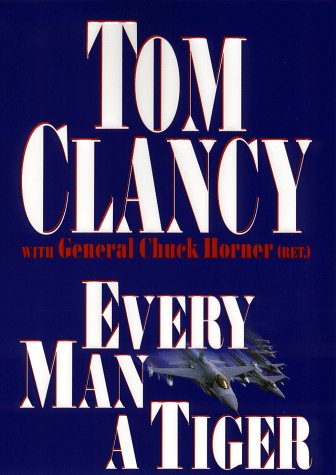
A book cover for Every Man a Tiger; Tom Clancy; History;